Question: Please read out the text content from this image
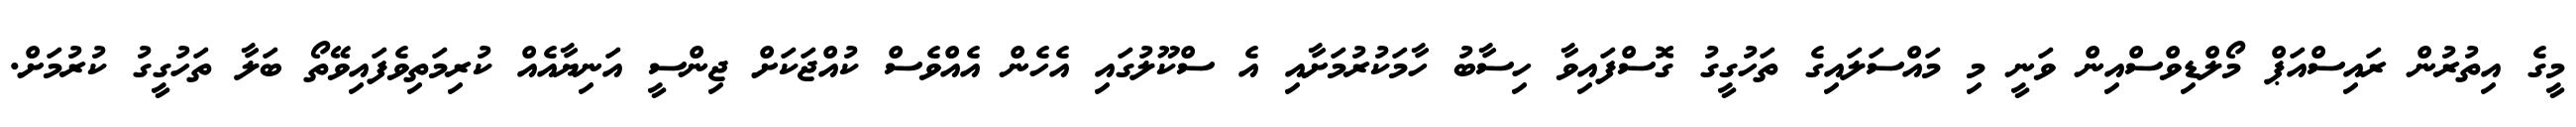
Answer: މީގެ އިތުރުން ރައިސްއަޕް މޯލްޑިވްސްއިން ވަނީ މި މައްސަލައިގެ ތަހުގީގު ގޮސްފައިވާ ހިސާބު ހާމަކުރުމަށާއި އެ ސްކޫލުގައި އެހެން އެއްވެސް ކުއްޖަކަށް ޖިންސީ އަނިޔާއެއް ކުރިމަތިވެފައިވޭތޯ ބަލާ ތަހުގީގު ކުރުމަށް.